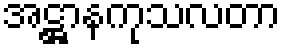
အဋ္ဌာနကုသလတာ